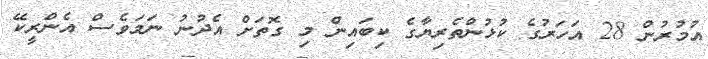
އުމުރުން 28 އަހަރުގެ ކުޅުންތެރިޔާގެ ކިބައިން މި ގޮތަށް އެދުނު ނަމަވެސް އެންރީކޭ